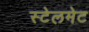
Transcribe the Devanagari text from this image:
स्टेलमेट